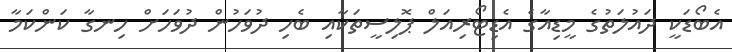
އެބޯޑަކީ ދައުލަތުގެ މީޑިއާގެ އެޑިޓޯރިއަލް ޕޮލިސީތަކާއި ބެހި ދުވަހުން ދުވަހަށް ހިނގާ ކަންކަމާ